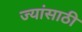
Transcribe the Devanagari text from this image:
ज्यांसाठी